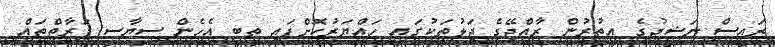
ރައީސް ނަޝީދުގެ އިތުރުން ރާއްޖޭގެ ޖަލުތަކުގައި ހައްޔަރުކޮށްފައި ތިބި އެހެން ސިޔާސީ ފަރާތްތައް